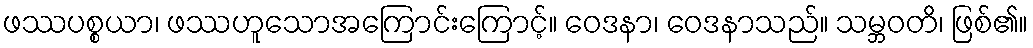
ဖဿပစ္စယာ၊ ဖဿဟူသောအကြောင်းကြောင့်။ ဝေဒနာ၊ ဝေဒနာသည်။ သမ္ဘဝတိ၊ ဖြစ်၏။